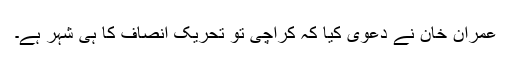
عمران خان نے دعویٰٰ کیا کہ کراچی تو تحریک انصاف کا ہی شہر ہے۔